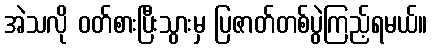
အဲသလို ဝတ်စားပြီးသွားမှ ပြဇာတ်တစ်ပွဲကြည့်ရမယ်။